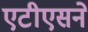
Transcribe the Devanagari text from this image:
एटीएसने